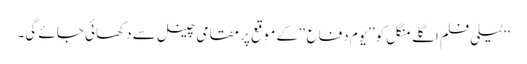
‘‘ٹیلی فلم اگلے منگل کو ’’یوم دفاع‘‘ کے موقع پر مقامی چینل سے دکھائی جائے گی۔